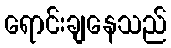
ရောင်းချနေသည်